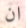
ان